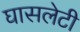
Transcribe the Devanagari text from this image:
घासलेटी